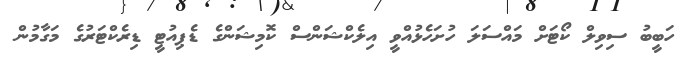
ހަބީބު ސިވިލް ކޯޓަށް މައްސަލަ ހުށަހެޅުއްވީ އިލެކްޝަންސް ކޮމިޝަންގެ ޑެޕިއުޓީ ޑިރެކްޓަރުގެ މަގާމުން